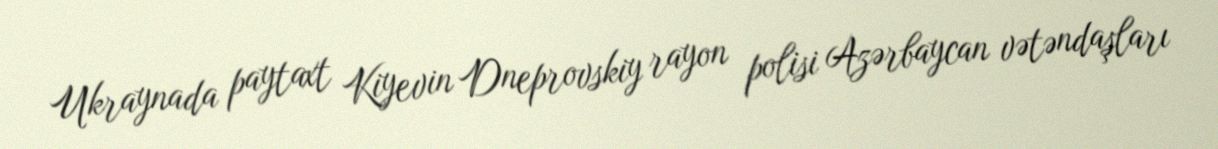
Ukraynada paytaxt Kiyevin Dneprovskiy rayon polisi Azərbaycan vətəndaşları